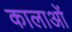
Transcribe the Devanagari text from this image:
कालाओं